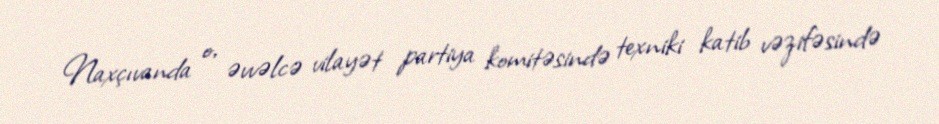
Naxçıvanda o, əvvəlcə vilayət partiya komitəsində texniki katib vəzifəsində